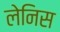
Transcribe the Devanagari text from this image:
लेनिस